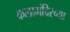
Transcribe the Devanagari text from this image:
कलामंदिरच्या